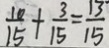
\frac { 1 0 } { 1 5 } + \frac { 3 } { 1 5 } = \frac { 1 3 } { 1 5 }